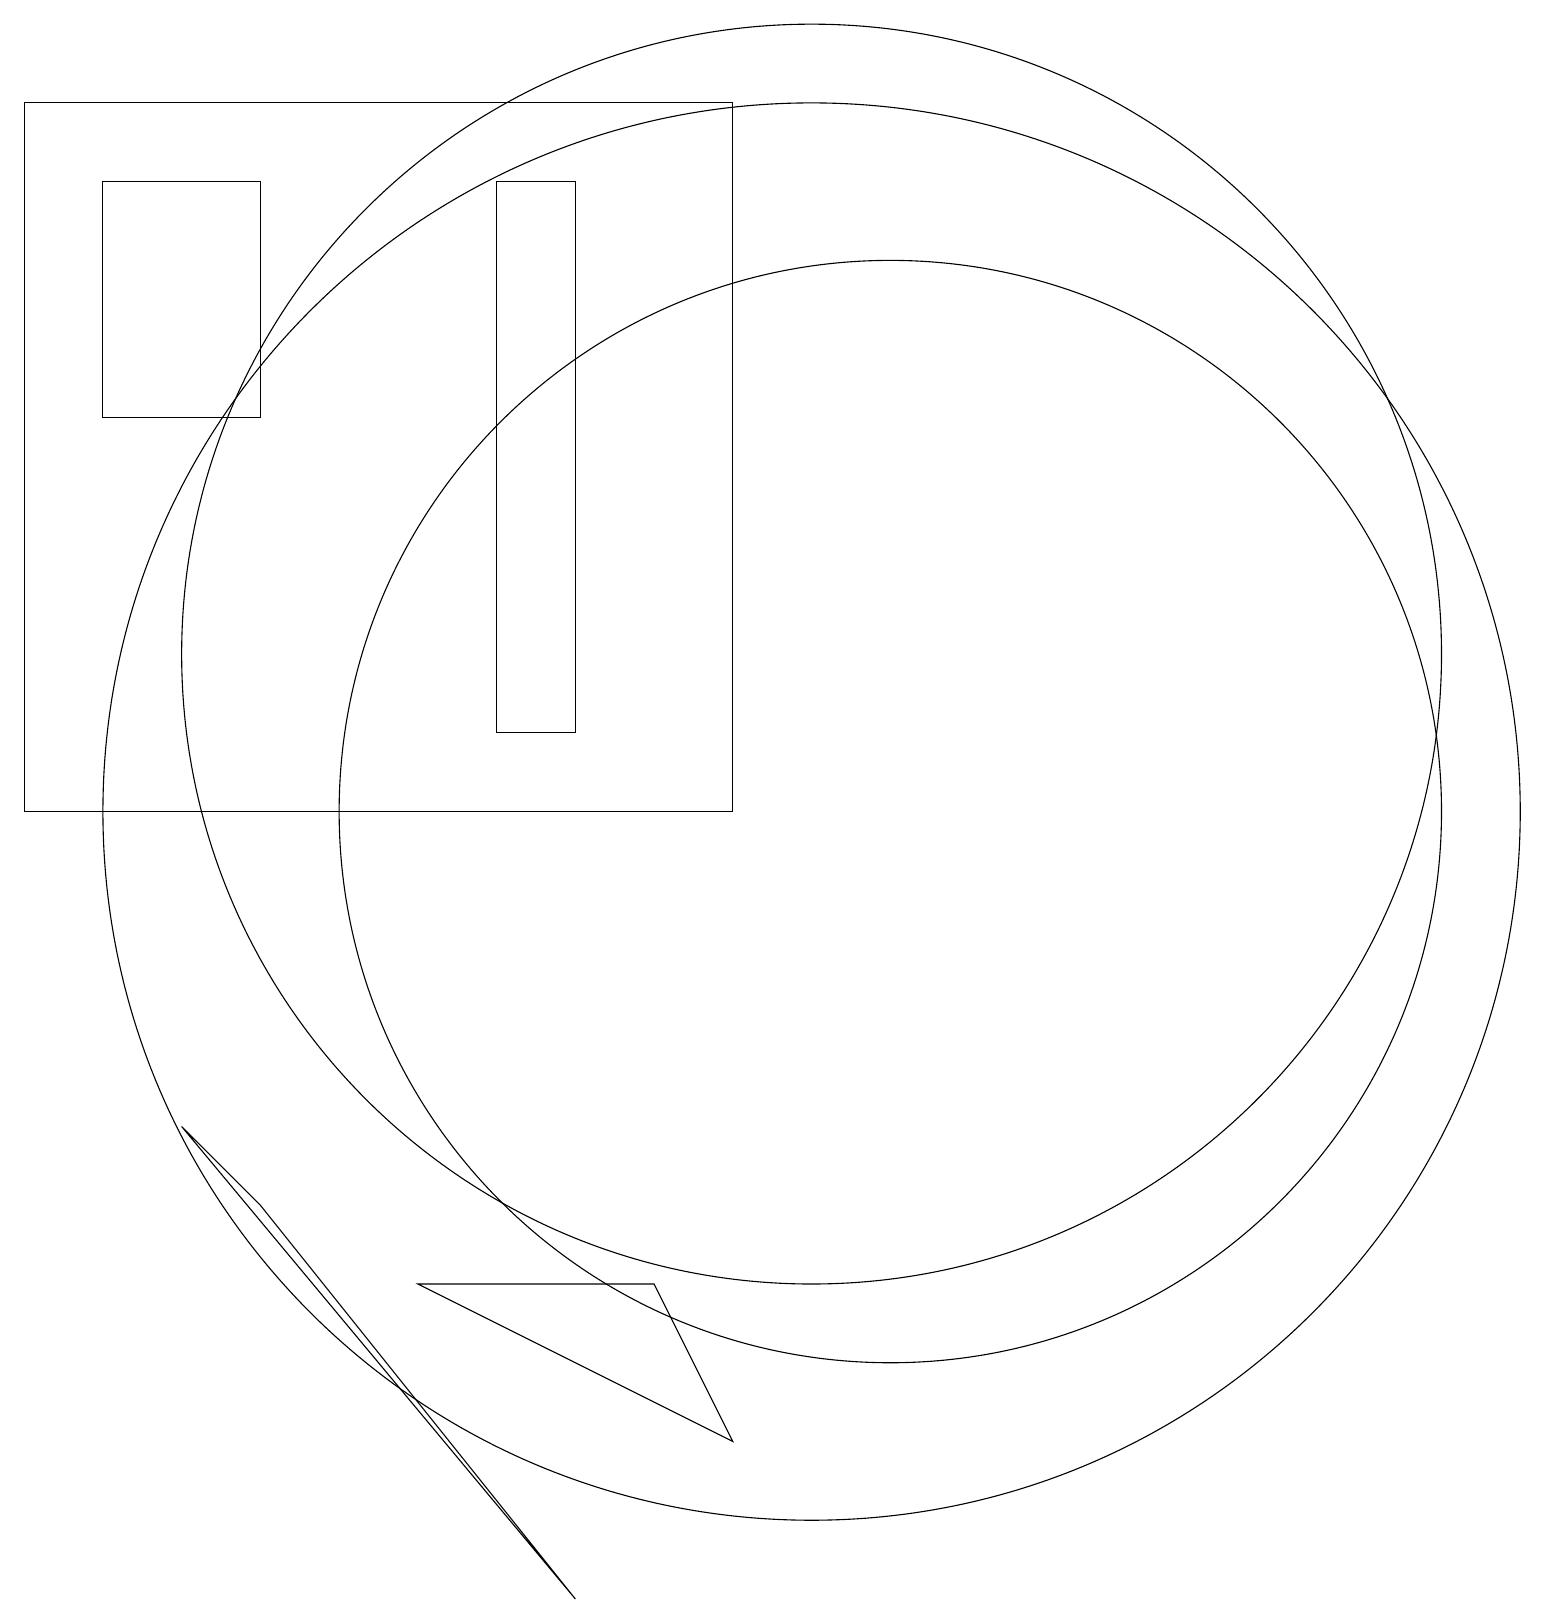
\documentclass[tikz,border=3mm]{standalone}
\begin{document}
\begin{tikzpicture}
\draw (3,5) -- (7,0) -- (2,6) -- cycle;
\draw (1,18) rectangle (3,15);
\draw (10,12) circle (8);
\draw (7,18) rectangle (6,11);
\draw (0,10) rectangle (9,19);
\draw (10,10) circle (9);
\draw (5,4) -- (8,4) -- (9,2) -- cycle;
\draw (11,10) circle (7);
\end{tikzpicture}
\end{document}